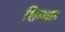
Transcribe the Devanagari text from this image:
शिम्बल